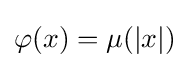
\varphi (x)=\mu (|x|)